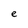
Character: e